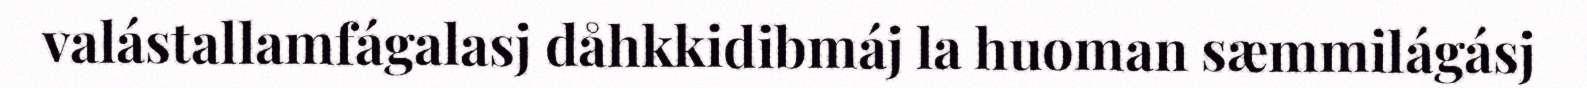
valástallamfágalasj dåhkkidibmáj la huoman sæmmilágásj